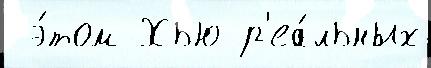
 э́том Хью р'еа́льных